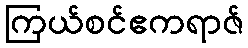
ကြယ်စင်ဧကရာဇ်